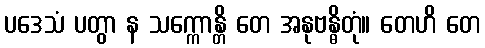
ပဒေသံ ပတွာ န သက္ကောန္တိ တေ အနုဗန္ဓိတုံ။ တေဟိ တေ